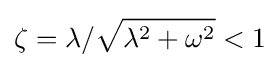
\zeta =\lambda /{\sqrt {\lambda ^{2}+\omega ^{2}}}<1